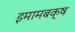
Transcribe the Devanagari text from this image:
इमामबक्ष